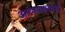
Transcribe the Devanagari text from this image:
आव्श्यकताओं